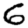
Digit: 6